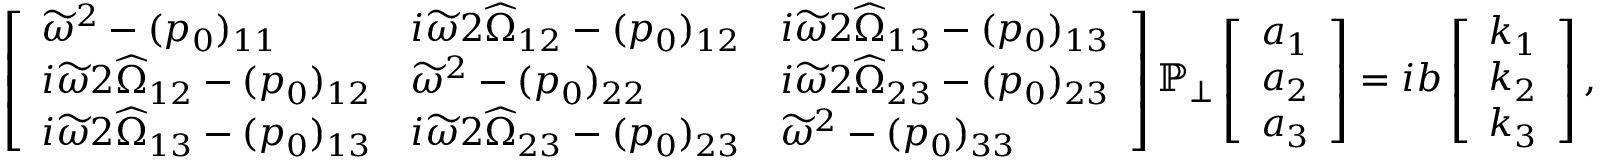
\begin{array} { r } { \left[ \begin{array} { l l l } { \widetilde { \omega } ^ { 2 } - ( p _ { 0 } ) _ { 1 1 } } & { i \widetilde { \omega } 2 \widehat { \Omega } _ { 1 2 } - ( p _ { 0 } ) _ { 1 2 } } & { i \widetilde { \omega } 2 \widehat { \Omega } _ { 1 3 } - ( p _ { 0 } ) _ { 1 3 } } \\ { i \widetilde { \omega } 2 \widehat { \Omega } _ { 1 2 } - ( p _ { 0 } ) _ { 1 2 } } & { \widetilde { \omega } ^ { 2 } - ( p _ { 0 } ) _ { 2 2 } } & { i \widetilde { \omega } 2 \widehat { \Omega } _ { 2 3 } - ( p _ { 0 } ) _ { 2 3 } } \\ { i \widetilde { \omega } 2 \widehat { \Omega } _ { 1 3 } - ( p _ { 0 } ) _ { 1 3 } } & { i \widetilde { \omega } 2 \widehat { \Omega } _ { 2 3 } - ( p _ { 0 } ) _ { 2 3 } } & { \widetilde { \omega } ^ { 2 } - ( p _ { 0 } ) _ { 3 3 } } \end{array} \right] \mathbb { P } _ { \perp } \left[ \begin{array} { l } { a _ { 1 } } \\ { a _ { 2 } } \\ { a _ { 3 } } \end{array} \right] = i b \left[ \begin{array} { l } { k _ { 1 } } \\ { k _ { 2 } } \\ { k _ { 3 } } \end{array} \right] , } \end{array}